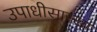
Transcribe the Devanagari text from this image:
उपाधीसारखा